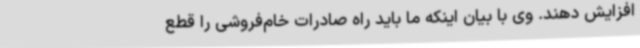
افزایش دهند. وی با بیان اینکه ما باید راه صادرات خام‌فروشی را قطع